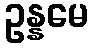
ဥန္နမေ